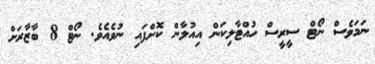
ނަމަވެސް ނޯޓް ސީރީސްް ހުއްޓާލިކަން އިއުލާން ކޮށްފައި ނުވެއެވެ. ނޯޓް 8 ބާޒާރަށް